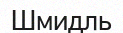
Шмидль